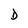
Character: D